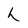
Character: h